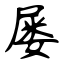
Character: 屡